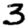
Digit: 3